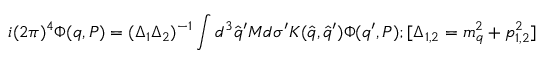
i ( 2 \pi ) ^ { 4 } \Phi ( q , P ) = ( \Delta _ { 1 } \Delta _ { 2 } ) ^ { - 1 } \int d ^ { 3 } { \hat { q } } ^ { \prime } M d \sigma ^ { \prime } K ( { \hat { q } } , { \hat { q } } ^ { \prime } ) \Phi ( q ^ { \prime } , P ) ; [ \Delta _ { 1 , 2 } = m _ { q } ^ { 2 } + p _ { 1 , 2 } ^ { 2 } ]